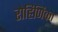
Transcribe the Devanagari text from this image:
रोहिणिका